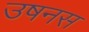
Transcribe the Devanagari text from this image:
उषनस